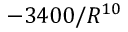
- 3 4 0 0 / R ^ { 1 0 }